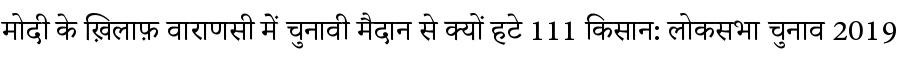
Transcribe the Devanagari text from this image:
मोदी के ख़िलाफ़ वाराणसी में चुनावी मैदान से क्यों हटे 111 किसान: लोकसभा चुनाव 2019